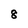
Character: 8